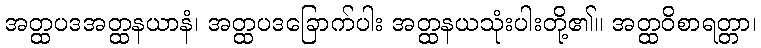
အတ္ထပဒအတ္ထနယာနံ၊ အတ္ထပဒခြောက်ပါး အတ္ထနယသုံးပါးတို့၏။ အတ္ထဝိစာရတ္တာ၊